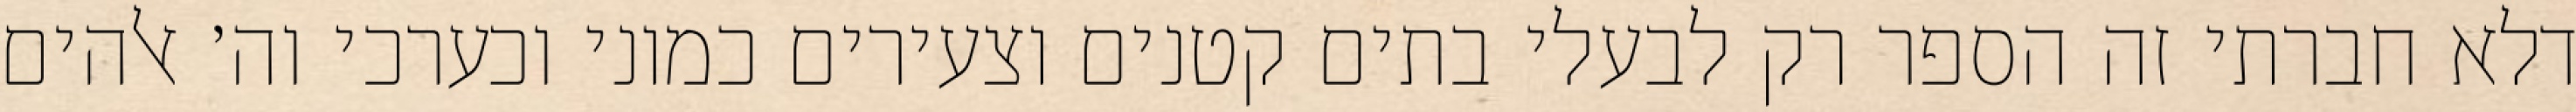
דלא חברתי זה הספר רק לבעלי בתים קטנים וצעירים כמוני וכערכי וה׳ אלהים